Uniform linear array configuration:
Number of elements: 8
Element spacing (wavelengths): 1
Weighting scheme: blackman
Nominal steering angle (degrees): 15
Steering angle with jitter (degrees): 16.529
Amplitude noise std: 0.05
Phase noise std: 0.05

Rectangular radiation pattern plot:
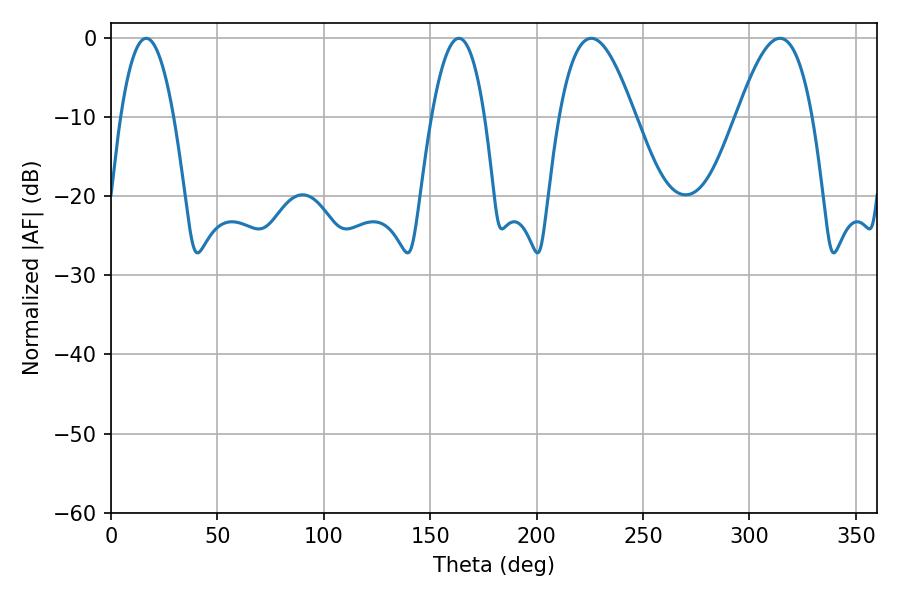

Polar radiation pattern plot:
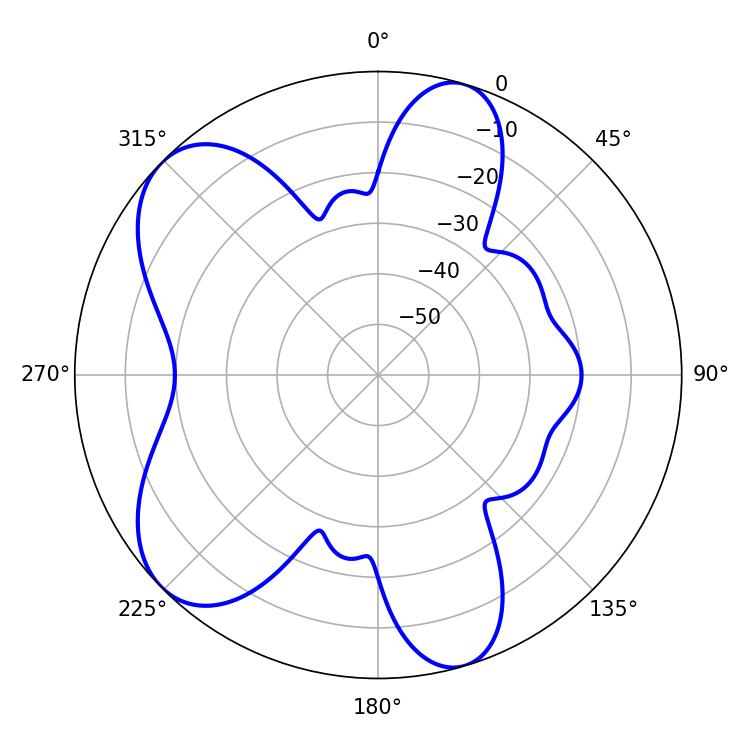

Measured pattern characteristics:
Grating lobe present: TRUE
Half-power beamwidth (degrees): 19.26
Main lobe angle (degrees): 314.28